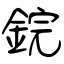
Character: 鋎